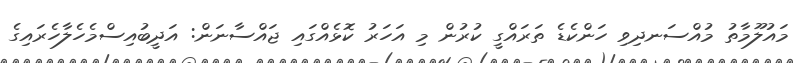
މައުލޫމާތު މުއްސަނދިވި ހަންކެޑެ ތަރައްގީ ކުރުން މި އަހަރު ކޮޅެއްގައި ޖައްސާނަން: އަދީބުއިސްމެހެލާހެރައިގެ